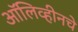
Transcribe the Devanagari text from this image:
ऑलिव्हीनचे